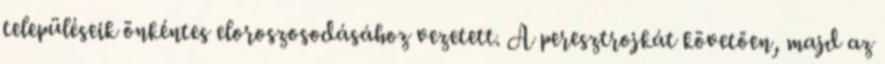
településeik önkéntes eloroszosodásához vezetett. A peresztrojkát követően, majd az